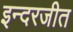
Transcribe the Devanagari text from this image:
इन्दरजीत